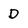
Character: D